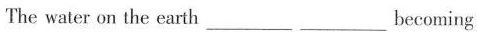
The water on the earth_becoming